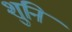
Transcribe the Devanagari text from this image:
शुनि